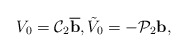
\begin{align*}V_0=\mathcal C_2 \overline{ \mbox{\bf b}},\tilde V_0=-\mathcal P_2 \mbox{\bf b},\end{align*}